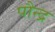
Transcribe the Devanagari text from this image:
पौन्द्र